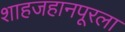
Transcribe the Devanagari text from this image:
शाहजहानपूरला